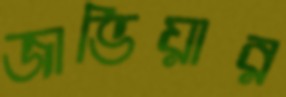
জাভিয়ার